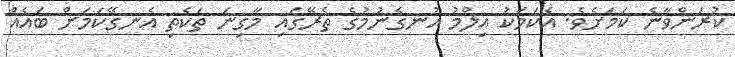
ކުރަންވާނެ ކަމަށެވެ. އެކަމަކު އިލްމު އުނގެނުމުގެ ތެރޭގައި މާގިނަ ތަކެތި އެނގޭކަމަށް ބައެއް